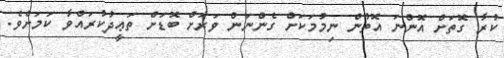
ކުރާ ގޮތަށް އޮންނަ އޮތުން ނިމުމަކަށް ގެންނަން ވަރަށް ބޮޑަށް ތަޢީދުކުރައްވާ ކަމަށެވެ.